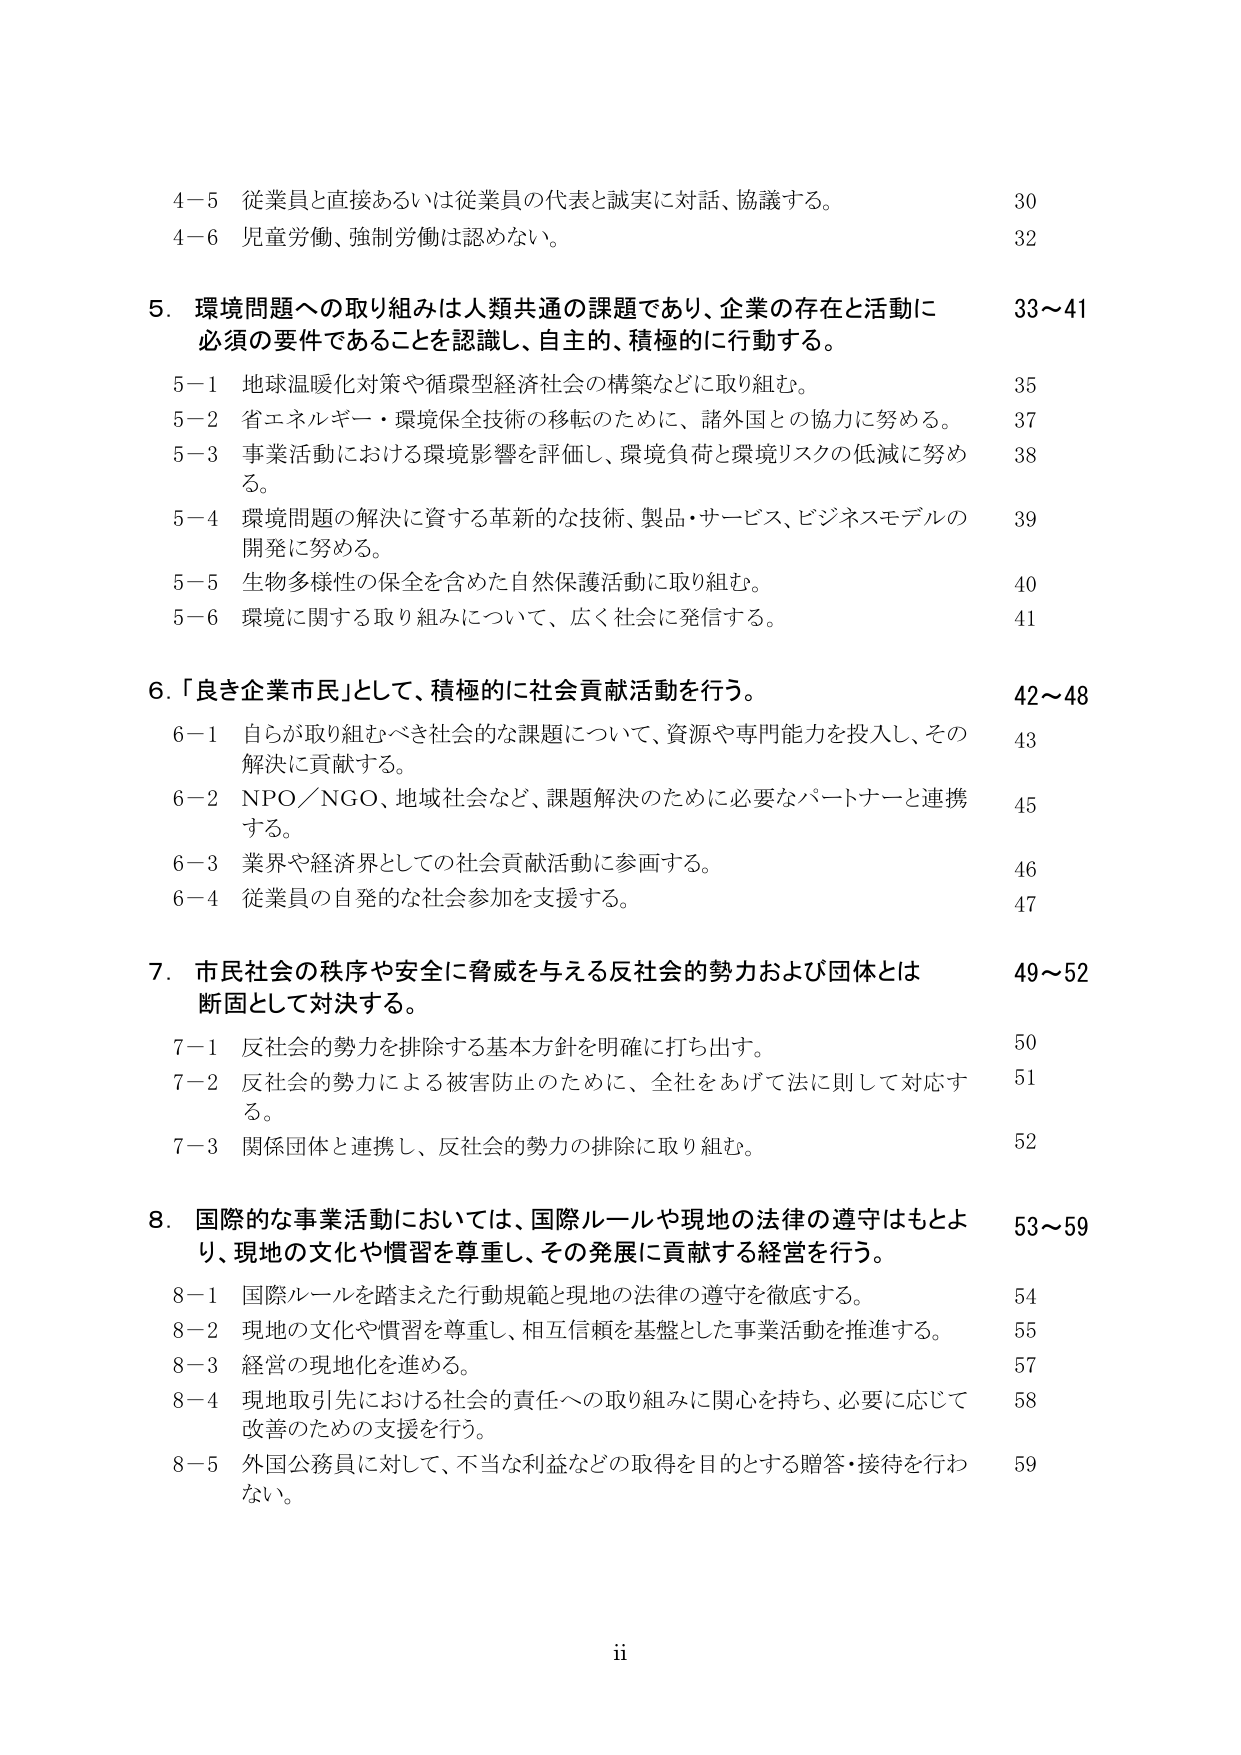
4－5 従業員と直接あるいは従業員の代表と誠実に対話、協議する。 30
4－6 児童労働、強制労働は認めない。 32

5．環境問題への取り組みは人類共通の課題であり、企業の存在と活動に 33～41
必須の要件であることを認識し、自主的、積極的に行動する。

5－1 地球温暖化対策や循環型経済社会の構築などに取り組む。 35
5－2 省エネルギー・環境保全技術の移転のために、諸外国との協力に努める。 37
5－3 事業活動における環境影響を評価し、環境負荷と環境リスクの低減に努め 38
る。
5－4 環境問題の解決に資する革新的な技術、製品・サービス、ビジネスモデルの 39
開発に努める。
5－5 生物多様性の保全を含めた自然保護活動に取り組む。 40
5－6 環境に関する取り組みについて、広く社会に発信する。 41

6．「良き企業市民」として、積極的に社会貢献活動を行う。 42～48
6－1 自らが取り組むべき社会的な課題について、資源や専門能力を投入し、その 43
解決に貢献する。
6－2 NPO／NGO、地域社会など、課題解決のために必要なパートナーと連携 45
する。
6－3 業界や経済界としての社会貢献活動に参画する。 46
6－4 従業員の自発的な社会参加を支援する。 47

7．市民社会の秩序や安全に脅威を与える反社会的勢力および団体とは 49～52
断固として対決する。
7－1 反社会的勢力を排除する基本方針を明確に打ち出す。 50
7－2 反社会的勢力による被害防止のために、全社をあげて法に則して対応す 51
る。
7－3 関係団体と連携し、反社会的勢力の排除に取り組む。 52

8．国際的な事業活動においては、国際ルールや現地の法律の遵守はもとよ 53～59
り、現地の文化や慣習を尊重し、その発展に貢献する経営を行う。
8－1 国際ルールを踏まえた行動規範と現地の法律の遵守を徹底する。 54
8－2 現地の文化や慣習を尊重し、相互信頼を基盤とした事業活動を推進する。 55
8－3 経営の現地化を進める。 57
8－4 現地取引先における社会的責任への取り組みに関心を持ち、必要に応じて 58
改善のための支援を行う。
8－5 外国公務員に対して、不当な利益などの取得を目的とする贈答・接待を行わ 59
ない。

ii